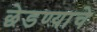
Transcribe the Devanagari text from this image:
छेडण्याचे